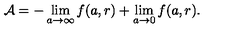
{ \cal A } = - \lim _ { a \rightarrow \infty } f ( a , r ) + \lim _ { a \rightarrow 0 } f ( a , r ) .